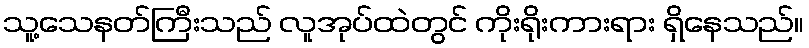
သူ့သေနတ်ကြီးသည် လူအုပ်ထဲတွင် ကိုးရိုးကားရား ရှိနေသည်။